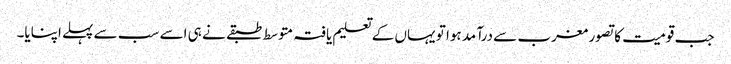
جب قومیت کا تصور مغرب سے درآمد ہوا تو یہاں کے تعلیم یافتہ متوسط طبقے نے ہی اسے سب سے پہلے اپنایا۔